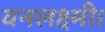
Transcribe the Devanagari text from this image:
वनलक्ष्मी।